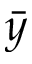
\bar { y }